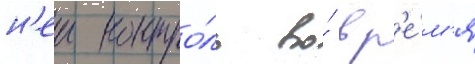
н'еи контро́ль во́ вр'е́м'я